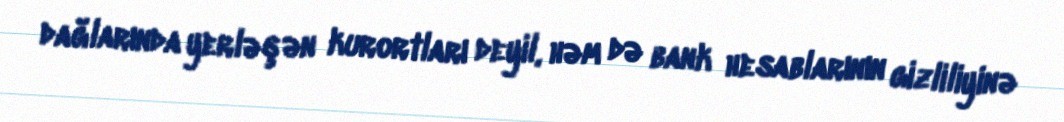
dağlarında yerləşən kurortları deyil, həm də bank hesablarının gizliliyinə